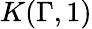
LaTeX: K(\Gamma,1)